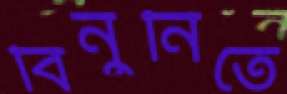
বিনুনিতে